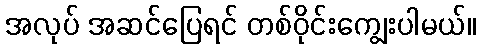
အလုပ် အဆင်ပြေရင် တစ်ဝိုင်းကျွေးပါမယ်။